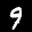
Label: 9